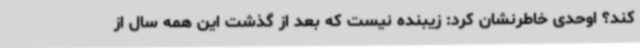
کند؟ اوحدی خاطرنشان کرد: زیبنده نیست که بعد از گذشت این همه سال از